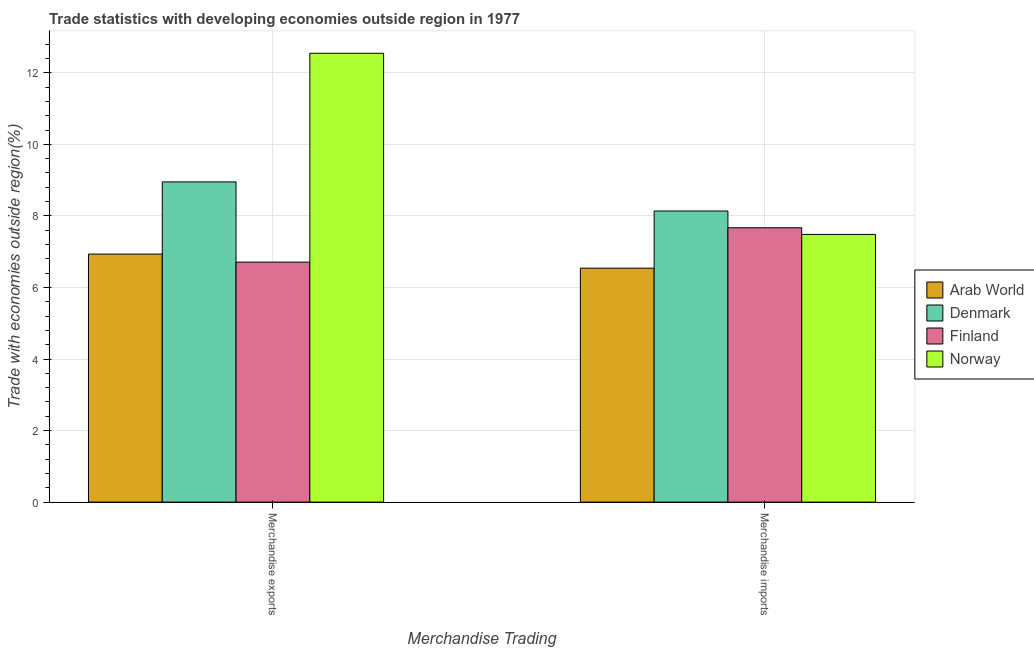
| Merchandise Trading | Arab World | Denmark | Finland | Norway |
 | --- | --- | --- | --- | --- |
 | Merchandise exports | 6.93 | 8.95 | 6.71 | 12.5 |
 | Merchandise imports | 6.54 | 8.14 | 7.67 | 7.48 |